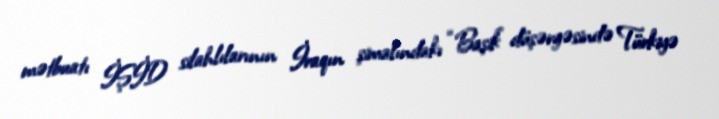
mətbuatı İŞİD silahlılarının İraqın şimalındakı “Başik” düşərgəsində Türkiyə